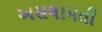
અસલામતી